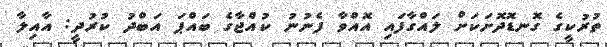
ތުުރުކީގެ ގޮނޑޮދޮށަކަށް ލައްގާފައި އޮއްވާ ފެނުނު ކުއްޖާގެ ބައްޕަ އަބްދު ކުރުދީ: އާއިލާ